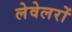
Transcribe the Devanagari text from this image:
लेवेलरों